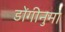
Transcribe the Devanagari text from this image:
डोंगीनुमा